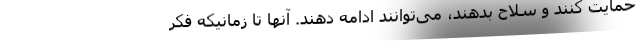
حمایت کنند و سلاح بدهند، می‌توانند ادامه دهند. آنها تا زمانیکه فکر